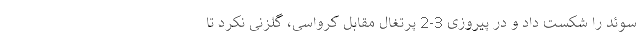
سوئد را شکست داد و در پیروزی 3-2 پرتغال مقابل کرواسی، گلزنی نکرد تا